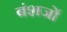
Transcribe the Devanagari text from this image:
बंशजों